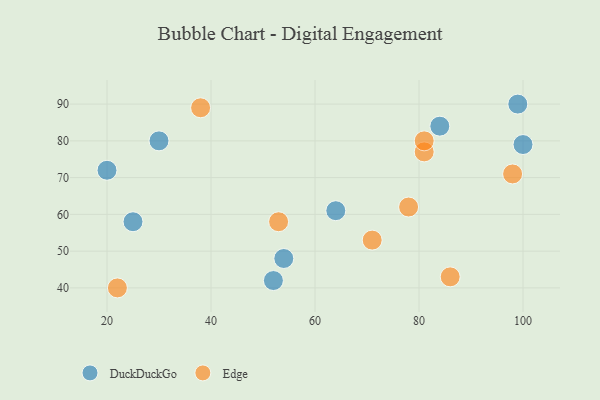
{"axis": {"x": "GDP", "y": "Life Expectancy"}, "legend": ["DuckDuckGo", "Edge"], "data": [{"x": "30", "y": 80, "type": "DuckDuckGo"}, {"x": "100", "y": 79, "type": "DuckDuckGo"}, {"x": "25", "y": 58, "type": "DuckDuckGo"}, {"x": "64", "y": 61, "type": "DuckDuckGo"}, {"x": "99", "y": 90, "type": "DuckDuckGo"}, {"x": "20", "y": 72, "type": "DuckDuckGo"}, {"x": "52", "y": 42, "type": "DuckDuckGo"}, {"x": "84", "y": 84, "type": "DuckDuckGo"}, {"x": "54", "y": 48, "type": "DuckDuckGo"}, {"x": "71", "y": 53, "type": "Edge"}, {"x": "53", "y": 58, "type": "Edge"}, {"x": "22", "y": 40, "type": "Edge"}, {"x": "78", "y": 62, "type": "Edge"}, {"x": "81", "y": 77, "type": "Edge"}, {"x": "38", "y": 89, "type": "Edge"}, {"x": "98", "y": 71, "type": "Edge"}, {"x": "81", "y": 80, "type": "Edge"}, {"x": "86", "y": 43, "type": "Edge"}]}